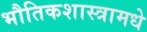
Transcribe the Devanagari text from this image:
भौतिकशास्त्रामधे